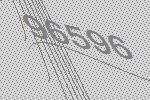
96596